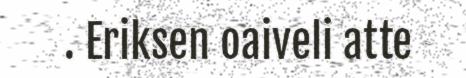
. Eriksen oaiveli atte